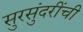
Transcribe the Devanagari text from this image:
सुरसुंदरींची